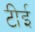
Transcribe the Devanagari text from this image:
टीई